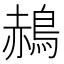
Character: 𪁌